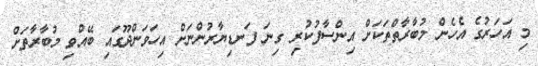
މި އަހަރުގެ އެހެން މުބާރާތްތަކަށް އިންސާފުކުރި ގިނަ ފަނޑިޔާރުންނަށް އިހަވަންދޫގައި ބޭއްވި މުބާރާތަށް